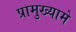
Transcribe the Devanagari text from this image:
प्रामुख्यामे